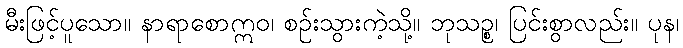
မီးဖြင့်ပူသော။ နာရာစောဣဝ၊ စဉ်းသွားကဲ့သို့။ ဘုသဉ္စ၊ ပြင်းစွာလည်း။ ပုန၊